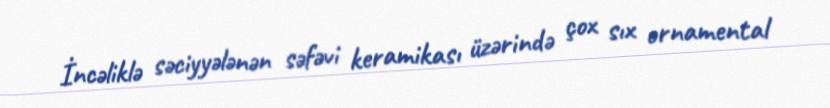
İncəliklə səciyyələnən səfəvi keramikası üzərində çox sıx ornamental